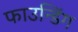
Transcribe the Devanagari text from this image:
फाउन्डिंग